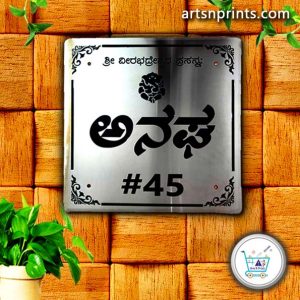
Language: kannada
Transcription: ವೀರಭದ್ರೇ ಶ್ರೀ ಅನಘ